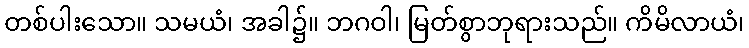
တစ်ပါးသော။ သမယံ၊ အခါ၌။ ဘဂဝါ၊ မြတ်စွာဘုရားသည်။ ကိမိလာယံ၊